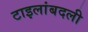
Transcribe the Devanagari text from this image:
टाइलांबदली